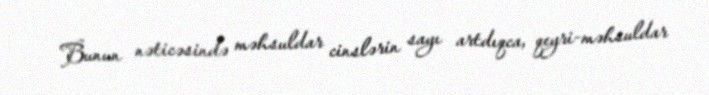
Bunun nəticəsində məhsuldar cinslərin sayı artdıqca, qeyri-məhsuldar